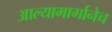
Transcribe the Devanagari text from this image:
आल्यामार्गानेच